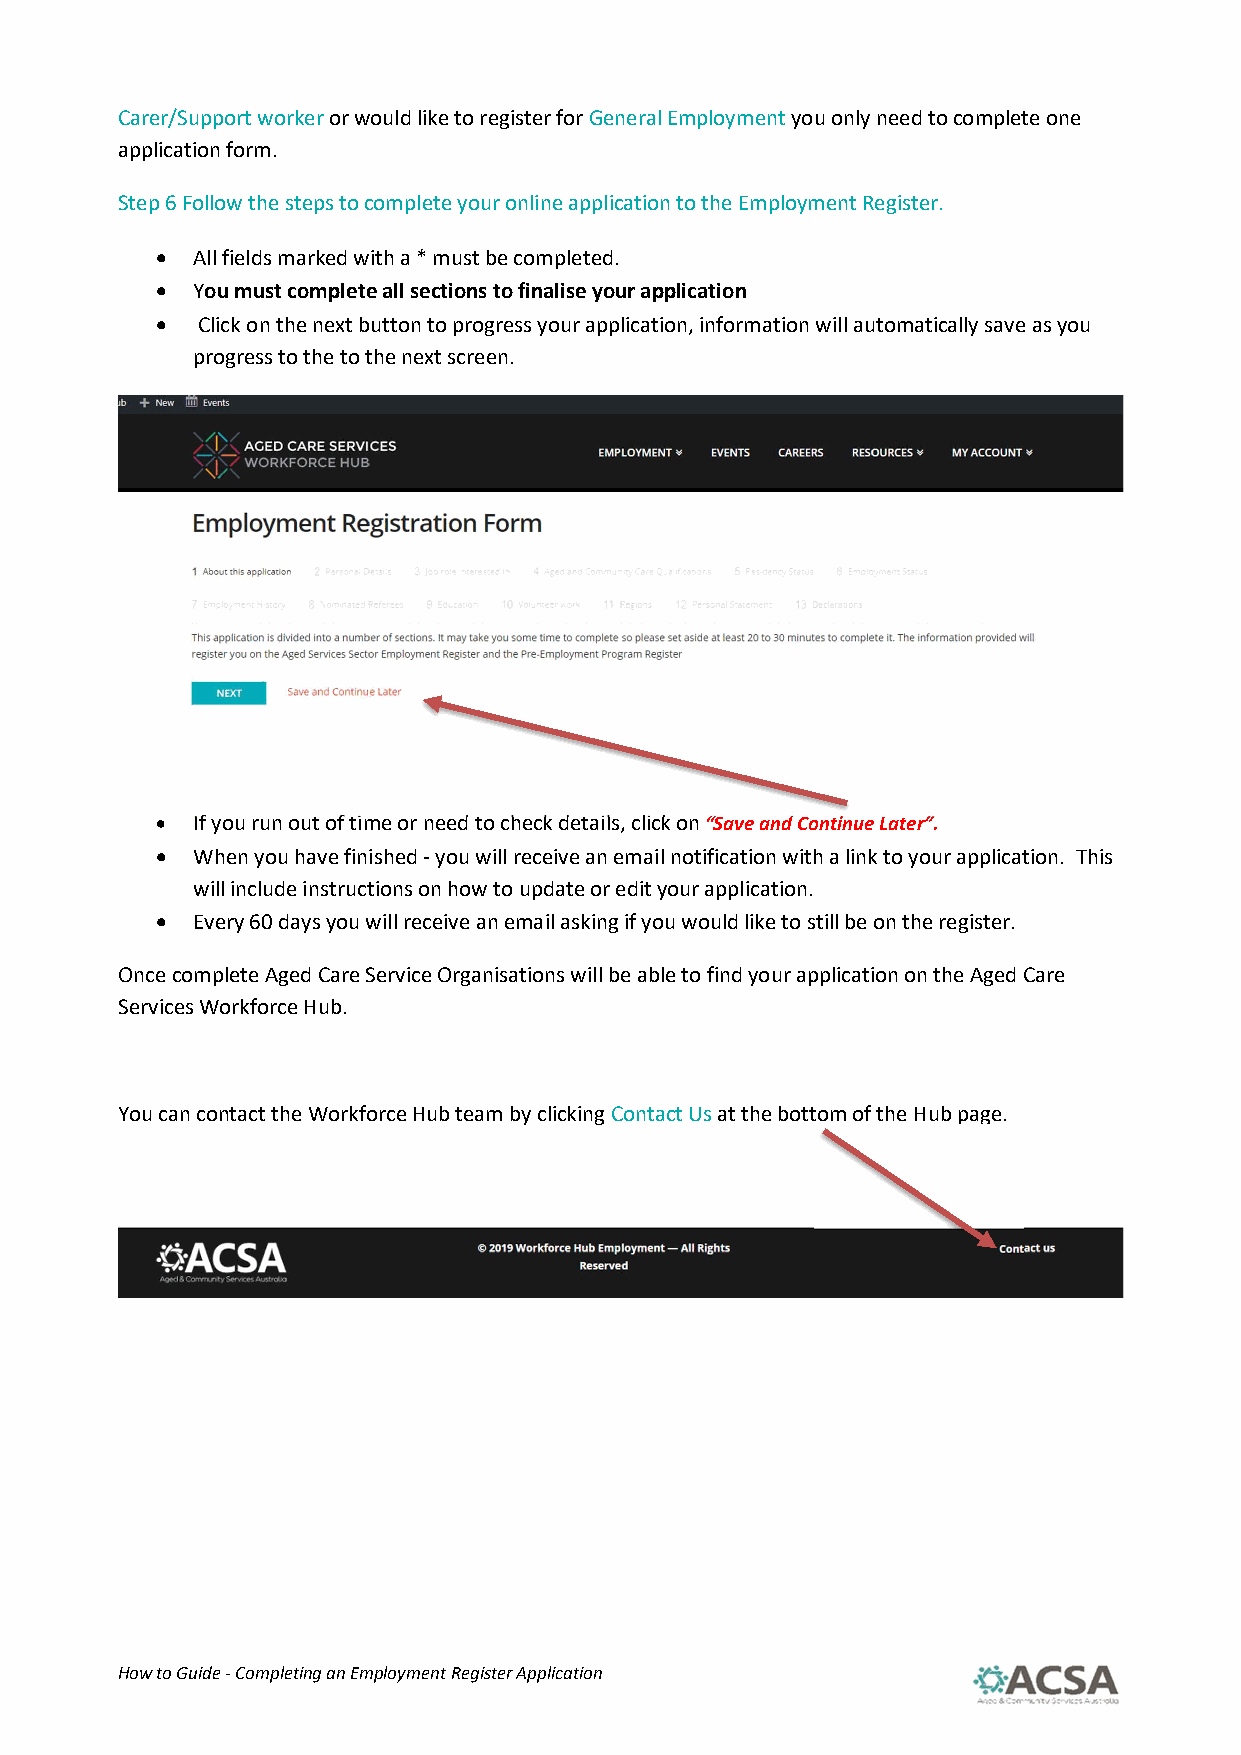
Carer/Support worker or would like to register for General Employment you only need to complete one
 application form.
 Step 6 Follow the steps to complete your online application to the Employment Register.
   All fields marked with a * must be completed.
   You must complete all sections to finalise your application
   Click on the next button to progress your application, information will automatically save as you
 progress to the to the next screen.
   If you run out of time or need to check details, click on “Save and Continue Later”.
   When you have finished - you will receive an email notification with a link to your application. This
 will include instructions on how to update or edit your application.
   Every 60 days you will receive an email asking if you would like to still be on the register.
 Once complete Aged Care Service Organisations will be able to find your application on the Aged Care
 Services Workforce Hub.
 You can contact the Workforce Hub team by clicking Contact Us at the bottom of the Hub page.
 How to Guide - Completing an Employment Register Application